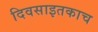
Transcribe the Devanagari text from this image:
दिवसाइतकाच